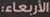
الأربعاء: